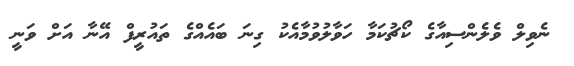
ނެވިލް ވެލެންސިއާގެ ކޯޗުކަމާ ހަވާލުވުމާއެކު ގިނަ ބައެއްގެ ތައުރީފް އޭނާ އަށް ވަނީ